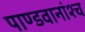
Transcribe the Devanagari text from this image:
पाण्डवानांश्च